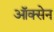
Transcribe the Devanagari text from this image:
ऑक्सेन